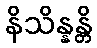
နိသိန္နန္တိ